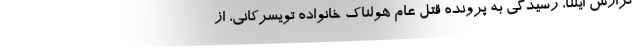
گزارش ایلنا، رسیدگی به پرونده قتل عام هولناک خانواده تویسرکانی، از